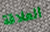
العلاقة